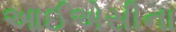
આઈએસીના